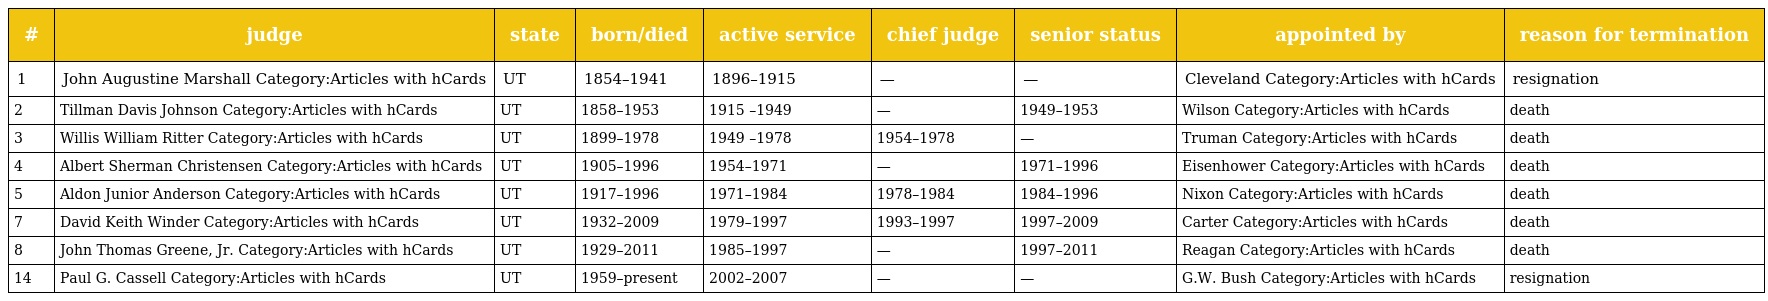
| # | judge | state | born/died | active service | chief judge | senior status | appointed by | reason for termination |
 | --- | --- | --- | --- | --- | --- | --- | --- | --- |
 | 1 | John Augustine Marshall Category:Articles with hCards | UT | 1854–1941 | 1896–1915 | — | — | Cleveland Category:Articles with hCards | resignation |
 | 2 | Tillman Davis Johnson Category:Articles with hCards | UT | 1858–1953 | 1915 –1949 | — | 1949–1953 | Wilson Category:Articles with hCards | death |
 | 3 | Willis William Ritter Category:Articles with hCards | UT | 1899–1978 | 1949 –1978 | 1954–1978 | — | Truman Category:Articles with hCards | death |
 | 4 | Albert Sherman Christensen Category:Articles with hCards | UT | 1905–1996 | 1954–1971 | — | 1971–1996 | Eisenhower Category:Articles with hCards | death |
 | 5 | Aldon Junior Anderson Category:Articles with hCards | UT | 1917–1996 | 1971–1984 | 1978–1984 | 1984–1996 | Nixon Category:Articles with hCards | death |
 | 7 | David Keith Winder Category:Articles with hCards | UT | 1932–2009 | 1979–1997 | 1993–1997 | 1997–2009 | Carter Category:Articles with hCards | death |
 | 8 | John Thomas Greene, Jr. Category:Articles with hCards | UT | 1929–2011 | 1985–1997 | — | 1997–2011 | Reagan Category:Articles with hCards | death |
 | 14 | Paul G. Cassell Category:Articles with hCards | UT | 1959–present | 2002–2007 | — | — | G.W. Bush Category:Articles with hCards | resignation |